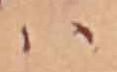
ハ